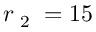
r _ { \textrm { 2 } } = 1 5